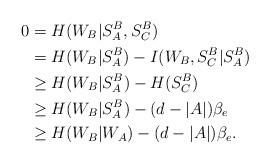
LaTeX: \begin{align*}0&=H(W_B|S_A^B,S_C^B)\\&=H(W_B|S_A^B)-I(W_B,S_C^B|S_A^B)\\&\geq H(W_B|S_A^B)-H(S_C^B)\\&\geq H(W_B|S_A^B) -(d-|A|)\beta_e\\&\geq H(W_B|W_A) -(d-|A|)\beta_e .\end{align*}